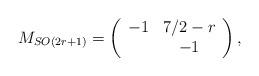
LaTeX: \begin{align*}M_{SO(2r+1)}=\left(\begin{array}{cc} -1 & 7/2-r \\ & -1 \end{array}\right),\end{align*}